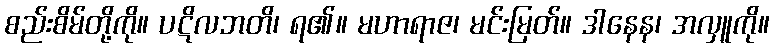
စည်းစိမ်တို့ကို။ ပဋိလဘတိ၊ ရ၏။ မဟာရာဇ၊ မင်းမြတ်။ ဒါနေန၊ အလှူကို။